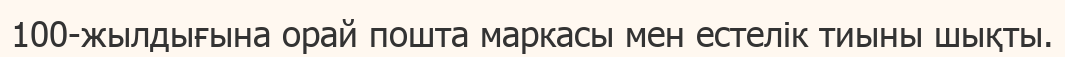
100-жылдығына орай пошта маркасы мен естелік тиыны шықты.